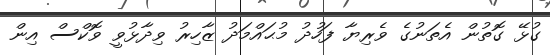
ގުޅޭ ގޮތުން އެތަނުގެ ވެރިޔާ ފަހުދު މުޙައްމަދު ޒާހިރު ވިދާޅުވީ ވޮކްސް އިން